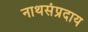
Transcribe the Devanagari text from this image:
नाथसंप्रदाय